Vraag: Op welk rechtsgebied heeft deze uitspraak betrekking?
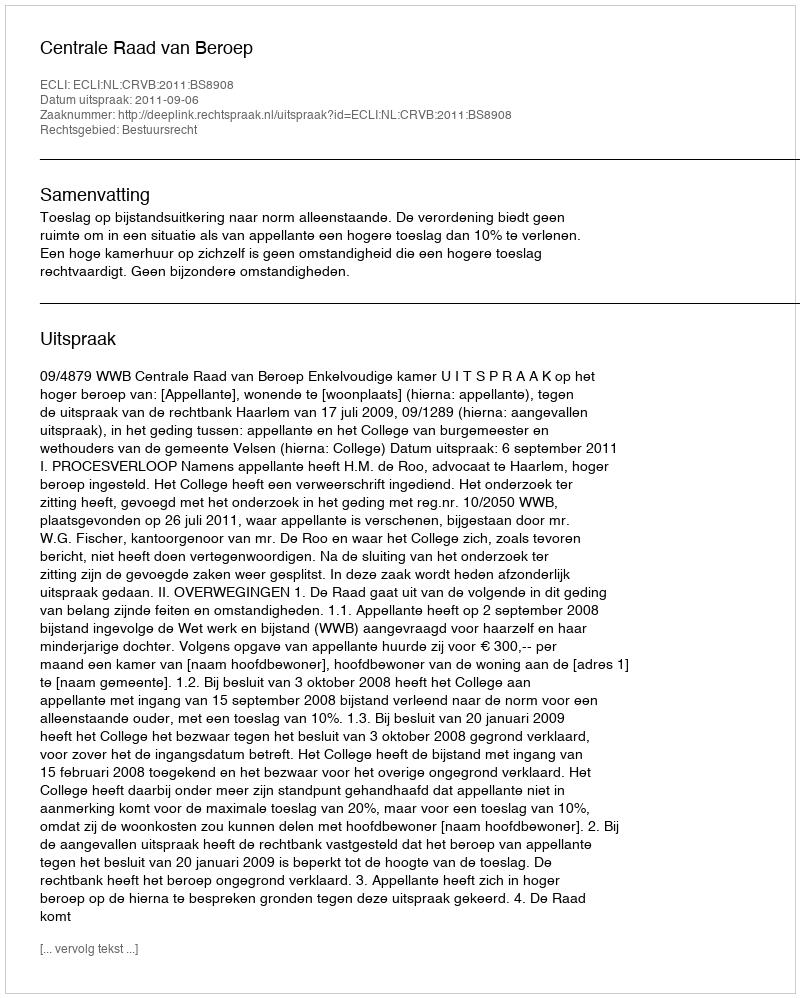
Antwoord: Bestuursrecht